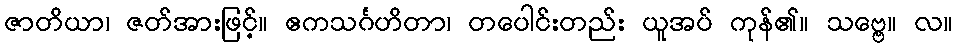
ဇာတိယာ၊ ဇတ်အားဖြင့်။ ဧကသင်္ဂဟိတာ၊ တပေါင်းတည်း ယူအပ် ကုန်၏။ သဗ္ဗေ။ လ။